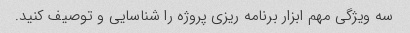
سه ویژگی مهم ابزار برنامه ریزی پروژه را شناسایی و توصیف کنید.